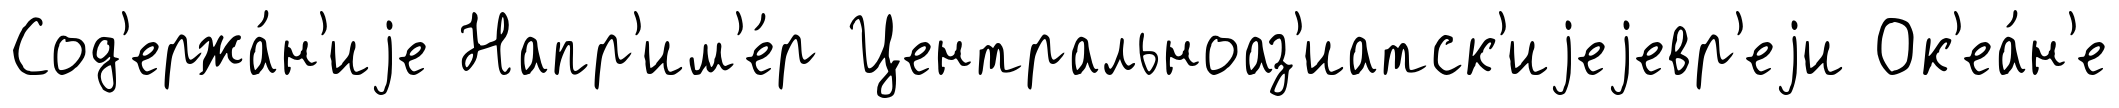
Сод'ержа́н'иjе Напр'им'е́р Центральноаз'иатск'иjеjевр'еjи Ок'еа́н'е